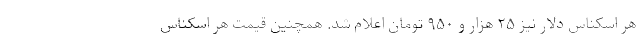
هر اسکناس دلار نیز ۲۵ هزار و ۹۵۰ تومان اعلام شد. همچنین قیمت هر اسکناس